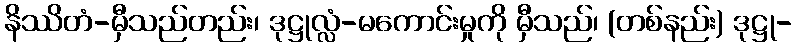
နိဿိတံ-မှီသည်တည်း၊ ဒုဋ္ဌုလ္လံ-မကောင်းမှုကို မှီသည်၊ (တစ်နည်း) ဒုဋ္ဌု-